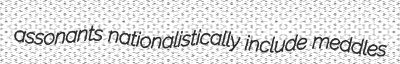
assonants nationalistically include meddles